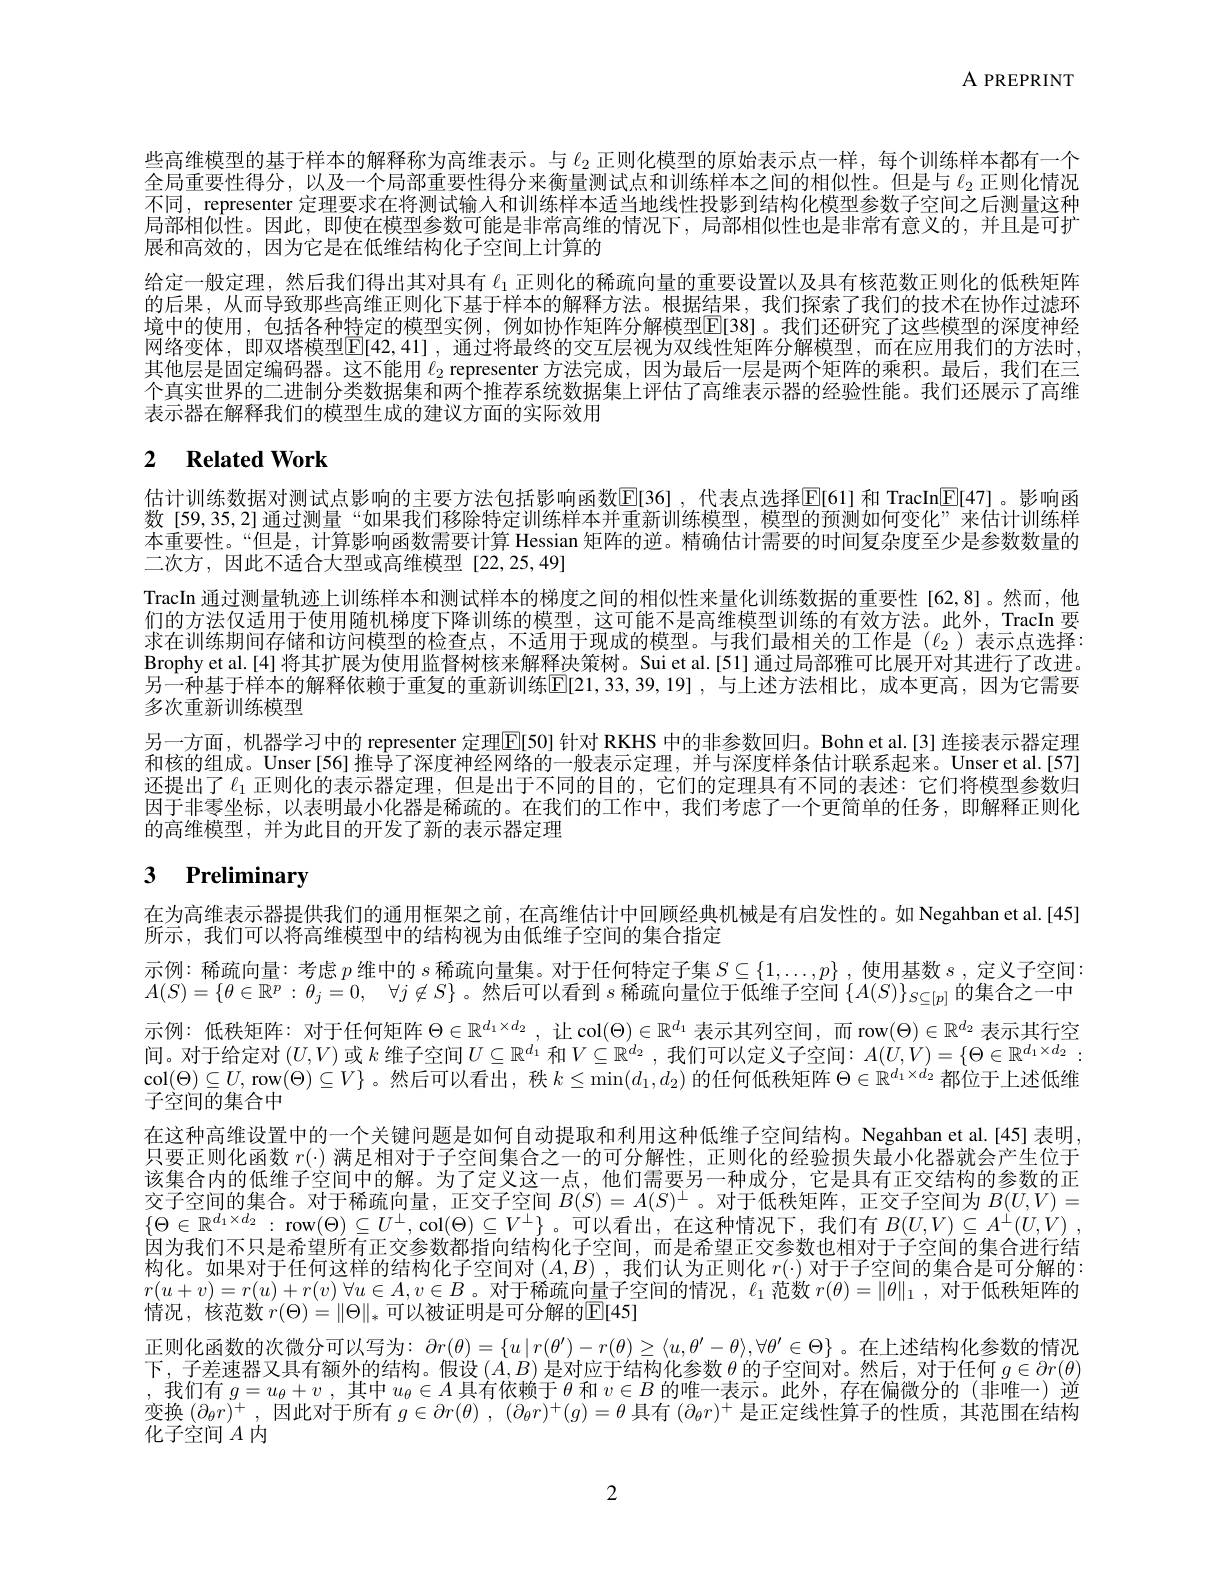
A PREPRINT

些高维模型的基于样本的解释称为高维表示。与$\ell_{2}$正则化模型的原始表示点一样，每个训练样本都有一个全局重要性得分，以及一个局部重要性得分来衡量测试点和训练样本之间的相似性。但是与$\ell_{2}$正则化情况不同，representer 定理要求在将测试输人和训练样本适当地线性投影到结构化模型参数子空间之后测量这种局部相似性。因此，即使在模型参数可能是非常高维的情况下，局部相似性也是非常有意义的，并且是可扩展和高效的，因为它是在低维结构化于空间上计算的
给定一般定理，然后我们得出其对具有$\ell_{1}$正则化的稀疏向量的重要设置以及具有核范数正则化的低秩矩阵的后果，从而导致那些高维正则化下基于样本的解释方法。根据结果，我们探索了我们的技术在协作过滤环境中的使用，包括各种特定的模型实例，例如协作矩阵分解模型$\mathbb{E}[38]$。我们还研究了这些模型的深度神经网络变体，即双塔模型[E[42,41],通过将最终的交互层视为双线性矩阵分解模型，而在应用我们的方法时， 其他层是固定编码器。这不能用$\ell_2$ representer 方法完成，因为最后一层是两个矩阵的乘积。最后，我们在三个真实世界的二进制分类数据集和两个推荐系统数据集上评估了高维表示器的经验性能。我们还展示了高维表示器在解释我们的模型生成的建议方面的实际效用

# 2 $\textbf{Related Work}$

估计训练数据对测试点影响的主要方法包括影响函数E[36],代表点选择$\mathbb{E}[61]$ 和 TracIn$\underline{\mathbb{E}}[47]$。影响函数[59,35,2]通过测量“如果我们移除特定训练样本并重新训练模型，模型的预测如何变化”来估计训练样本重要性。“但是，计算影响函数需要计算 Hessian 矩阵的逆。精确估计需要的时间复杂度至少是参数数量的二次方，因此不适合大型或高维模型[22,25,49]
TracIn 通过测量轨迹上训练样本和测试样本的梯度之间的相似性来量化训练数据的重要性[62,8]。然而，他们的方法仅适用于使用随机梯度下降训练的模型，这可能不是高维模型训练的有效方法。此外，TracIn 要求在训练期间存储和访问模型的检查点，不适用于现成的模型。与我们最相关的工作是($\ell_2$)表示点选择Brophy et al.[4] 将其扩展为使用监督树核来解释决策树。Sui et al.[51] 通过局部雅可比展开对其进行了改进另一种基于样本的解释依赖于重复的重新训练$\mathbb{E}[21,33,39,19]$,与上述方法相比，成本更高，因为它需要多次重新训练模型
另一方面，机器学习中的 representer 定理$\boxed{\mathrm{E}}[50]$ 针对 RKHS 中的非参数回归。Bohn et al.[3] 连接表示器定理和核的组成。Unser [56] 推导了深度神经网络的一般表示定理，并与深度样条估计联系起来。Unser et al.[57] 还提出了$\ell_{1}$ 正则化的表示器定理，但是出于不同的目的，它们的定理具有不同的表述：它们将模型参数归因于非零坐标，以表明最小化器是稀疏的。在我们的工作中，我们考虑了一个更简单的任务，即解释正则化的高维模型，并为此目的开发了新的表示器定理

# 3 Preliminary

在为高维表示器提供我们的通用框架之前，在高维估计中回顾经典机械是有启发性的。如 Negahban et al.[45]
所示，我们可以将高维模型中的结构视为由低维子空间的集合指定
示例：稀疏向量：考虑$p$维中的$s$稀疏向量集。对于任何特定子集$S\subseteq\{1,\ldots,p\}$ ,使用基数$s$,定义子空间$A( S) = \{ \theta \in \mathbb{R} ^p: \theta _j= 0$, $\forall j\not \in S\}$。然后可以看到$s$稀疏向量位于低维子空间$\{A(S)\}_S\subseteq[p]$的集合之一中示例：低秩矩阵：对于任何矩阵$\Theta\in\mathbb{R}^d_1\times d_2$,让 col$(\Theta)\in\mathbb{R}^d_1$表示其列空间，而 row$(\Theta)\in\mathbb{R}^d_2$表示其行空间。对于给定对$(U,V)$或$k$维子空间$U\subseteq\mathbb{R}^d_1$和$V\subseteq\mathbb{R}^d_2$ ,我们可以定义子空间$:A(U,V)=\{\Theta\in\mathbb{R}^{d_1\times d_2}:$ col$(\Theta)\subseteq U$,row$(\Theta)\subseteq V\}$。然后可以看出，秩$k\leq\min(d_1,d_2)$的任何低秩矩阵$\Theta\in\mathbb{R}^d_1\times d_2$都位于上述低维子空间的集合中
在这种高维设置中的一个关键问题是如何自动提取和利用这种低维子空间结构。Negahban et al.[45] 表明， 只要正则化函数$r(\cdot)$满足相对于子空间集合之一的可分解性，正则化的经验损失最小化器就会产生位于该集合内的低维子空间中的解。为了定义这一点，他们需要另一种成分，它是具有正交结构的参数的正交子空间的集合。对于稀疏向量，正交子空间$B(S)=A(S)^\perp$。对于低秩矩阵，正交子空间为$B(U,V)=$ $\{\Theta\in\mathbb{R}^{d_1\times d_2}:$ row$(\Theta)\subseteq U^\perp$,col$(\Theta)\subseteq V^\perp\}$。可以看出，在这种情况下，我们有$B( U, V) \subseteq A^\perp ( U, V)$ , 因为我们不只是希望所有正交参数都指向结构化子空间，而是希望正交参数也相对于子空间的集合进行结构化。如果对于任何这样的结构化子空间对$(A,B)$ ,我们认为正则化$r(\cdot)$对于子空间的集合是可分解的： $r( u+ v) = r( u) + r( v)$ $\forall u\in A, v\in B$。对于稀疏向量子空间的情况，$\ell_1$范数$r(\theta)=\|\theta\|_1$ ,对于低秩矩阵的情况，核范数$r(\Theta)=\|\Theta\|_*$可以被证明是可分解的E[45]
正则化函数的次微分可以写为：$\partial r(\theta)=\{u\mid r(\theta^{\prime})-r(\theta)\geq\langle u,\theta^{\prime}-\theta\rangle,\forall\theta^{\prime}\in\Theta\}$ 。在上述结构化参数的情况下，子差速器又具有额外的结构。假设$(A,B)$是对应于结构化参数$\theta$的子空间对。然后，对于任何$g\in\partial r(\theta)$ ,我们有$g=u_\theta+v$,其中$u_\theta\in A$具有依赖于$\theta$和$v\in B$的唯一表示。此外，存在偏微分的(非唯一)逆变换$(\partial_\theta r)^+$,因此对于所有$g\in \partial r( \theta ) $, $( \partial _\theta r) ^+ ( g) = \theta$具有$(\partial_\theta r)^+$是正定线性算子的性质，其范围在结构化子空间$A$ 内

2